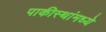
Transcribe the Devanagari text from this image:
पाकीस्थांमध्ये